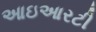
આઇઆરટી